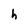
Character: h